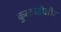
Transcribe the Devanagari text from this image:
कुल्हाड़ीऔर